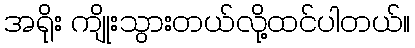
အရိုး ကျိုးသွားတယ်လို့ထင်ပါတယ်။